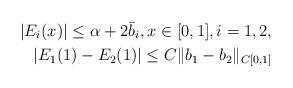
LaTeX: \begin{align*}|E_i(x)|\le\alpha+2\bar{b}_i,x\in[0,1],i=1,2,\\|E_1(1)-E_2(1)|\le C\|b_1-b_2\|_{C[0,1]}\end{align*}